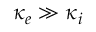
\kappa _ { e } \gg \kappa _ { i }